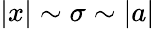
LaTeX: |x|\sim\sigma\sim|a|